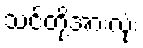
သင်တို့အားလုံး